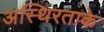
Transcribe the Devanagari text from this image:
अस्थिरताके